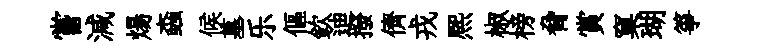
嘗減煬螙候墓乐傴欽迪撥儕戎熈椒榜脅賞窠瑚箏